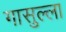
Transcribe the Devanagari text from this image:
गासुल्ला